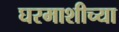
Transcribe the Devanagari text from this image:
घरमाशीच्या